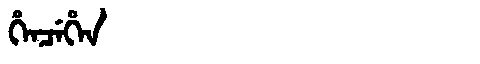
Manchu: ᡥᡝᠨᠴᡝᡥᡝᠨ
Romanization: HENCEHEN